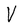
Character: V